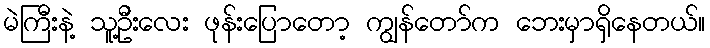
မဲကြီးနဲ့ သူ့ဦးလေး ဖုန်းပြောတော့ ကျွန်တော်က ဘေးမှာရှိနေတယ်။